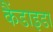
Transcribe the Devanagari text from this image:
कैंडाइडा